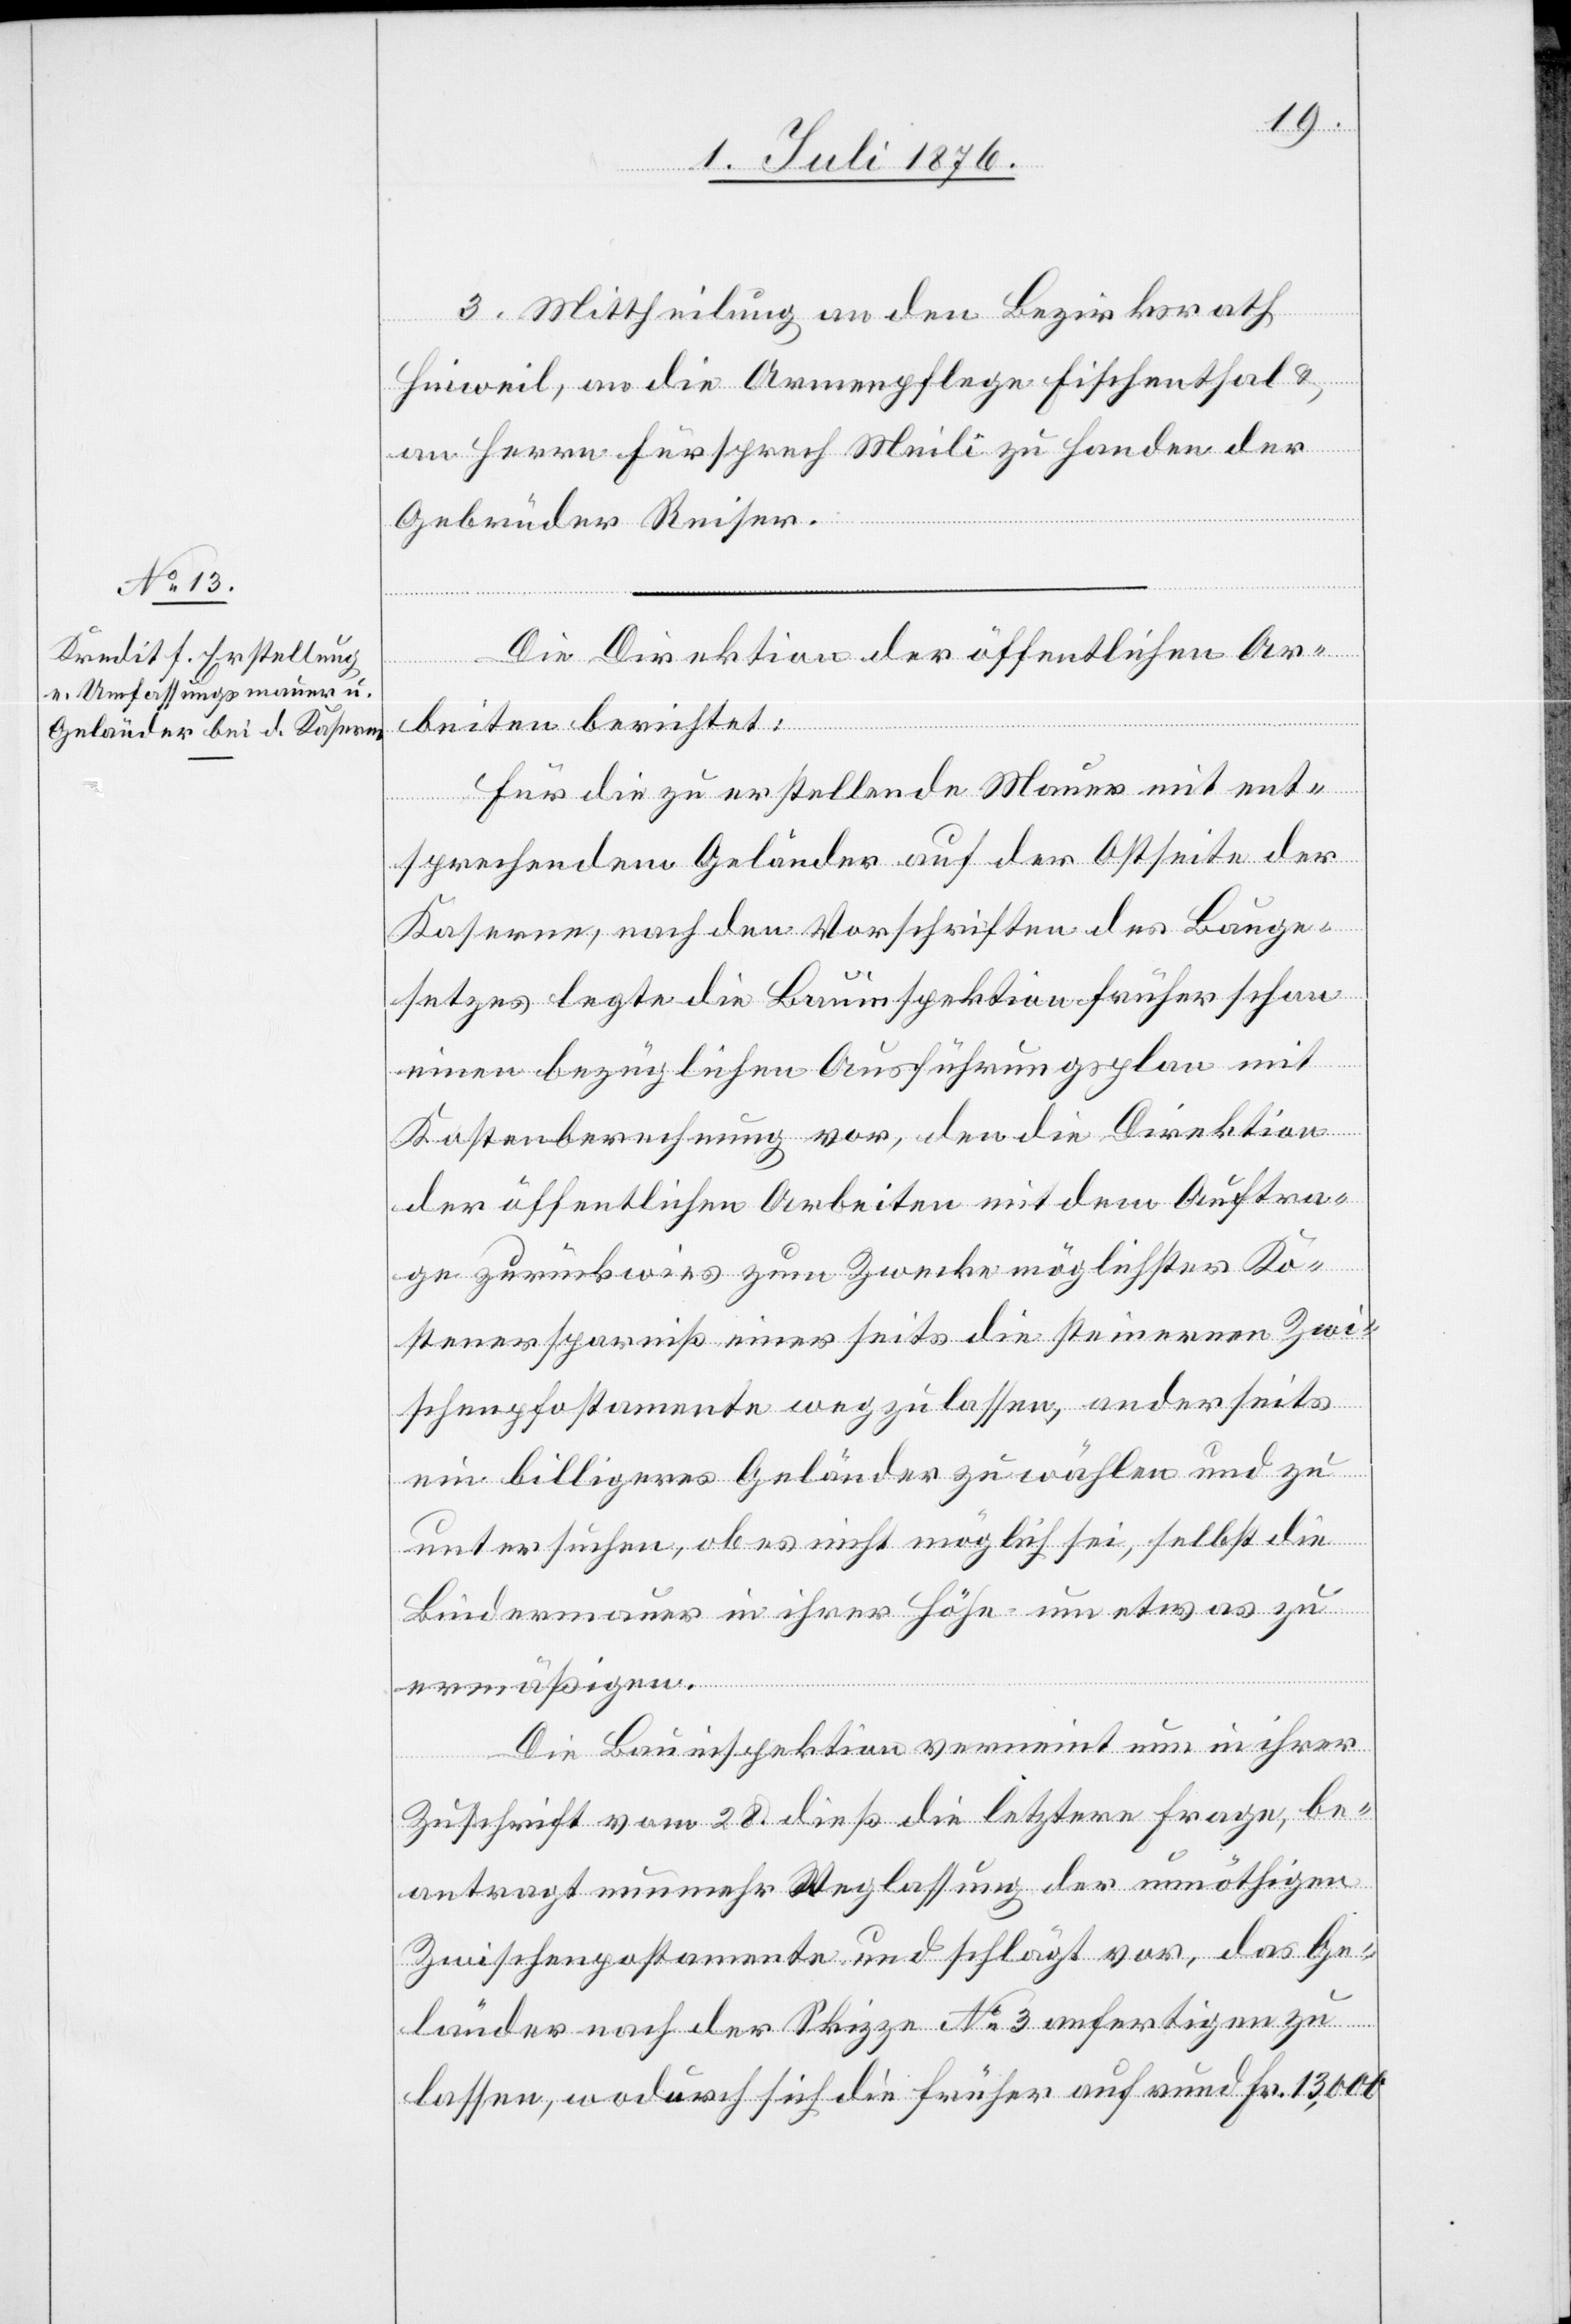
3. Mittheilung an den Bezirksrath
Hinweil, an die Armenpflege Fischenthal &
an Herrn Fürsprech Meili zu Handen der
Gebrüder Reiser.
Die Direktion der öffentlichen Ar¬
beiten berichtet:
Für die zu erstellende Mauer mit ent¬
sprechendem Geländer auf der Ostseite der
Kaserne, nach den Vorschriften des Bauge¬
setzes legte die Bauinspektion früher schon
einen bezüglichen Ausführungsplan mit
Kostenberechnung vor, den die Direktion
der öffentlichen Arbeiten mit dem Aufra¬
ge zurückwies zum Zwecke möglichster Ko¬
stenersparniß einerseits die steinernen Zwi¬
schenpfostamente wegzulassen, anderseits
ein billigeres Geländer zu wählen und zu
untersuchen, ob es nicht möglich sei, selbst die
Bindermauer in ihrer Höhe um etwas zu
ermäßigen.
Die Bauinspektion verneint nun in ihrer
Zuschrift vom 28. dieß die letztere Frage, be¬
antragt nunmehr Weglassung der unnöthigen
Zwischenpostamente [sic!] und schlägt vor, das Ge¬
länder nach der Skizze No 3 anfertigen zu
lassen, wodurch sich die früher auf rund Fr. 13,000